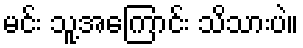
မင်း သူ့အကြောင်း သိသားပဲ။